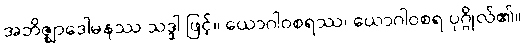
အဘိဇ္ဈာဒေါမနဿ သဒ္ဒါ ဖြင့်။ ယောဂါဝစရဿ၊ ယောဂါဝစရ ပုဂ္ဂိုလ်၏။